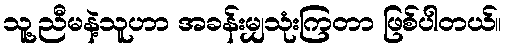
သူ့ညီမနဲ့သူဟာ အခန်းမျှသုံးကြတာ ဖြစ်ပါတယ်။